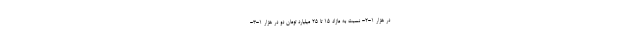
در هزار ۱-۲- نسبت به مازاد ۱۵ تا ۲۵ میلیارد تومان دو در هزار ۱-۳-